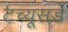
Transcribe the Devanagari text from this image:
टच्यूसडे